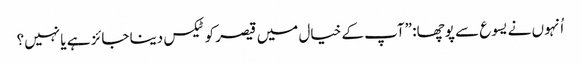
‏ اُنہوں نے یسوع سے پوچھا:‏ ”‏آپ کے خیال میں قیصر کو ٹیکس دینا جائز ہے یا نہیں؟